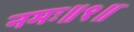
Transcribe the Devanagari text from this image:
नमः॥१॥